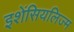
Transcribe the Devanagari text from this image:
इशेंसियलिज्म